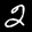
Label: 2